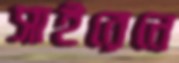
সাইরেনে